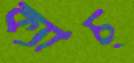
ক্যাচ্